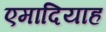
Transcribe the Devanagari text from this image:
एमादियाह